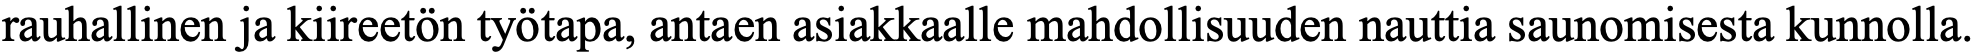
rauhallinen ja kiireetön työtapa, antaen asiakkaalle mahdollisuuden nauttia saunomisesta kunnolla.